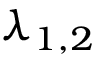
\lambda _ { 1 , 2 }